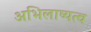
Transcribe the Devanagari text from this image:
अभिलाष्यत्व